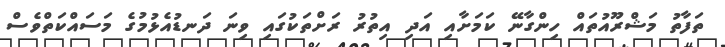
ތަފާތު މަޝްރޫއުތައް ހިންގާނޭ ކަމަށާއި އަދި އިތުރު ރަށްތަކުގައި ވިނަ ދަނޑުއެޅުމުގެ މަސައްކަތްވެސް